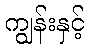
ကျွန်းနှင့်